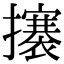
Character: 攐